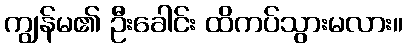
ကျွန်မ၏ ဦးခေါင်း ထိကပ်သွားမလား။